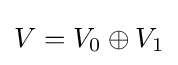
V=V_{0}\oplus V_{1}